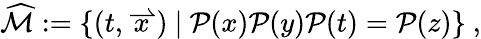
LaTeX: \widehat{{\mathcal{M}}}:=\{ (t,\stackrel{\rightharpoonup}{x})\ |\ {\mathcal{P}}(x){\mathcal{P}}(y){\mathcal{P}}(t)={\mathcal{P}}(z)\} \ ,